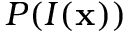
P ( I ( \bf x ) )